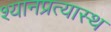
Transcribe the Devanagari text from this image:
श्यानप्रत्यास्थ